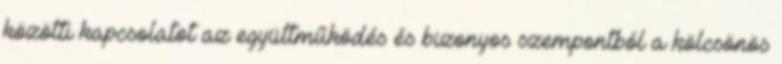
közötti kapcsolatot az együttműködés és bizonyos szempontból a kölcsönös